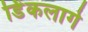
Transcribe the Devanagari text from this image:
डिंकलागे